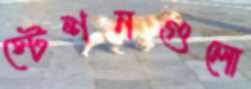
স্টেশনগুলো